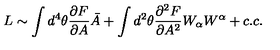
L \sim \int d ^ { 4 } \theta { \frac { \partial F } { \partial A } } \bar { A } + \int d ^ { 2 } \theta { \frac { \partial ^ { 2 } F } { \partial A ^ { 2 } } } W _ { \alpha } W ^ { \alpha } + c . c .